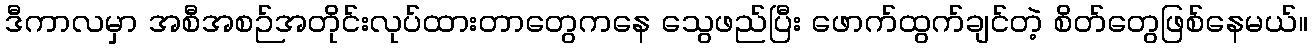
ဒီကာလမှာ အစီအစဉ်အတိုင်းလုပ်ထားတာတွေကနေ သွေဖည်ပြီး ဖောက်ထွက်ချင်တဲ့ စိတ်တွေဖြစ်နေမယ်။